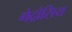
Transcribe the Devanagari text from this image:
गेद्रोसिय